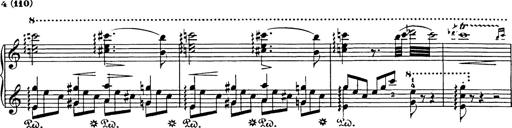
Title: Impromptu
Composer: JosÃ© MarÃ­a Usandizaga
Key: A major